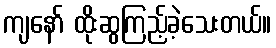
ကျနော် ထိုးဆွကြည့်ခဲ့သေးတယ်။